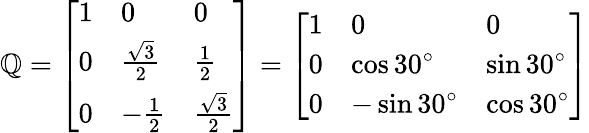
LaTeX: \mathbb{Q}={\left[\begin{array}{lll}{1}&{0}&{0}\\ {0}&{{\frac{\sqrt{3}}{2}}}&{{\frac{1}{2}}}\\ {0}&{-{\frac{1}{2}}}&{{\frac{\sqrt{3}}{2}}}\end{array}\right]}={\left[\begin{array}{lll}{1}&{0}&{0}\\ {0}&{\cos 30^{\circ}}&{\sin 30^{\circ}}\\ {0}&{-\sin 30^{\circ}}&{\cos 30^{\circ}}\end{array}\right]}